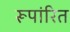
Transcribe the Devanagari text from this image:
रूपांरित